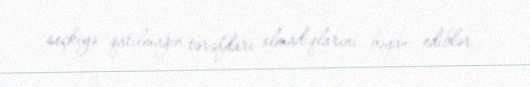
seçkiyə qatılmağın tərəfdarı olmadıqlarını bəyan ediblər.